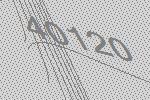
40120